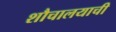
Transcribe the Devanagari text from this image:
शौचालयाची